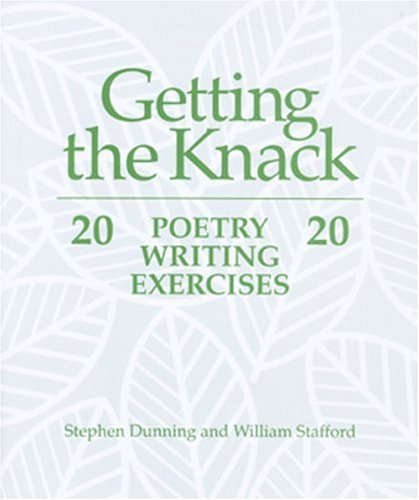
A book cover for Getting the Knack: 20 Poetry Writing Exercises 20; Stephen Dunning; Teen & Young Adult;